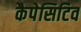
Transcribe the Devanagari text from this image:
कैपेसिटिव